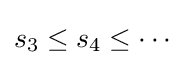
s_{3}\leq s_{4}\leq \cdots